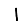
Digit: 1